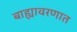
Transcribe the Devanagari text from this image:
बाह्यावरणात